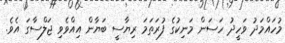
މުހައްމަދު ވަހީދު ހަސަން މަނިކުގެ ފުރަތަމަ ރިޔާސީ ބަޔާން އިއްވެވި ޖަލްސާގަ އެވެ.